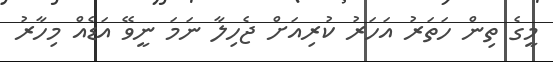
މީގެ ތިން ހަތަރު އަހަރު ކުރިއަށް ޖެހިލާ ނަމަ ނީވޭ އަޑެއް މިހާރު